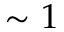
\sim 1